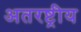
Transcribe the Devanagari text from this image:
अतरष्ट्रीय